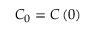
{ \cal C } _ { 0 } = { \cal C } \left( 0 \right)